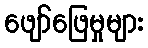
ဖျော်ဖြေမှုများ